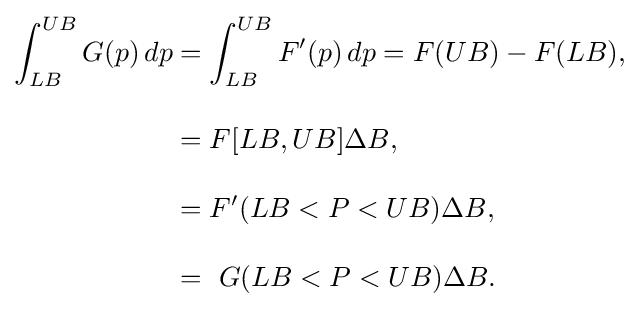
{\begin{aligned}\int _{LB}^{UB}G(p)\,dp&=\int _{LB}^{UB}F'(p)\,dp=F(UB)-F(LB),\\[10pt]&=F[LB,UB]\Delta B,\\[10pt]&=F'(LB<P<UB)\Delta B,\\[10pt]&=\ G(LB<P<UB)\Delta B.\end{aligned}}